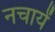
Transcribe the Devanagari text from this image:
नचायें